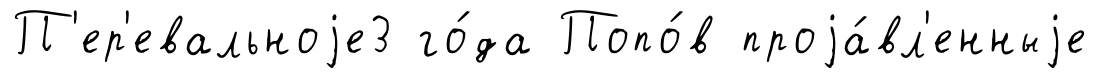
П'ер'евальноjе3 го́да Попо́в проjа́вл'енныjе